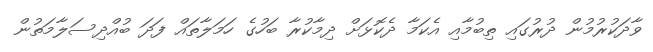
ވާދަކުރުމުން ދުރުގައި ތިބުމާއި އެކަމާ ދެކޮޅަށް ދިމާކުރާ ބަހުގެ ހަމަލާތައް ފަދަ ބުއްދިސަލާމަތުން